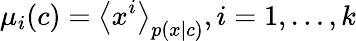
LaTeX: \mu_{i}(c)=\left\langle x^{i}\right\rangle_{p(x|c)},i=1,\ldots,k